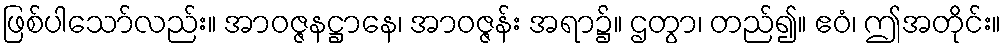
ဖြစ်ပါသော်လည်း။ အာဝဇ္ဇနဋ္ဌာနေ၊ အာဝဇ္ဇန်း အရာ၌။ ဌတွာ၊ တည်၍။ ဧဝံ၊ ဤအတိုင်း။